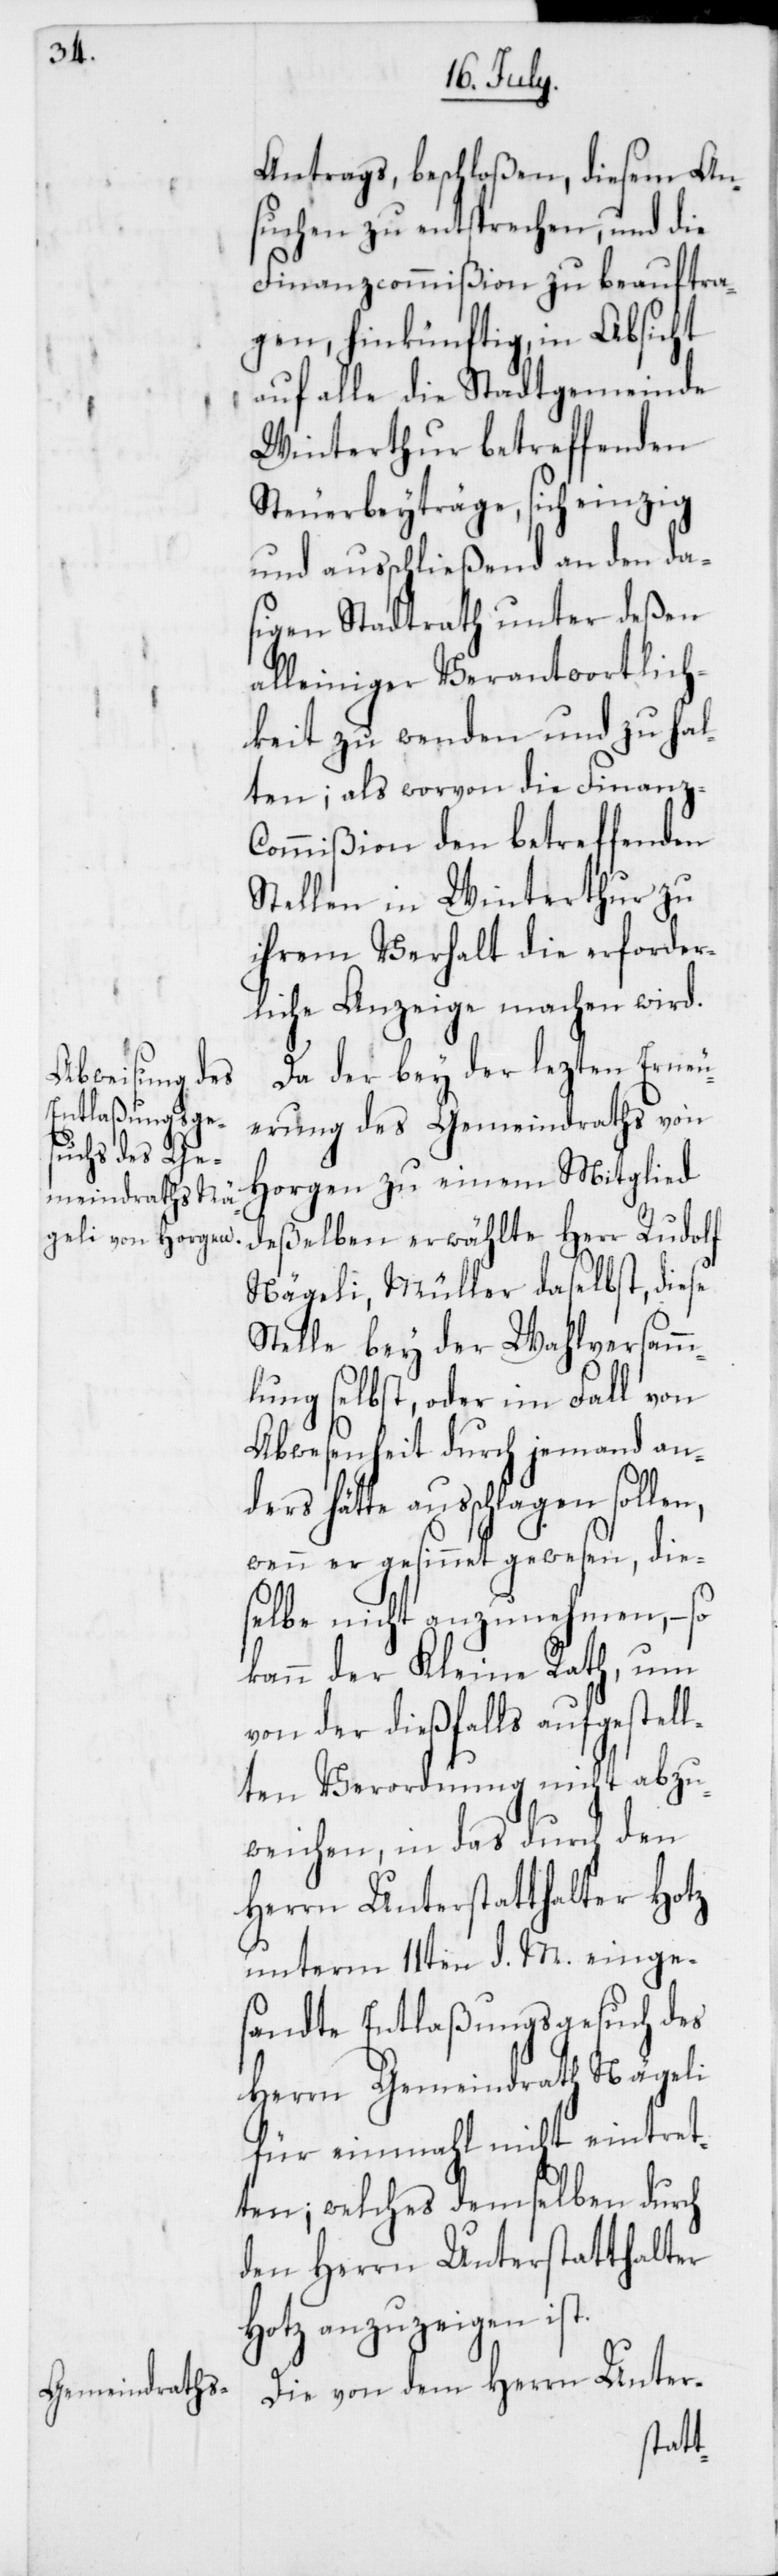
Antrags beschloßen, diesem An¬
suchen zu entsprechen, und die
Finanzcommißion zu beauftra¬
gen, hinkünftig in Absicht
auf alle die Stadtgemeinde
Winterthur betreffenden
Steuerbeyträge, sich einzig
und ausschließend an den da¬
sigen Stadtrath, unter deßen
alleiniger Verantwortlich¬
keit zu wenden und zu hal¬
ten; als worvon die Finanz-C¬
ommißion den betreffenden
Stellen in Winterthur zu
ihrem Verhalt die erforder¬
liche Anzeige machen wird.
Da der bey der lezten Erneu¬
erung des Gemeindraths von
Horgen zu einem Mitglied
deßelben erwählte Herr Rudolf
Nägeli, Müller daselbst, diese
Stelle bey der Wahlversamm¬
lung selbst, oder im Fall von
Abwesenheit durch jemand and¬
ers hätte ausschlagen sollen,
wenn er gesinnet gewesen, die¬
selbe nicht anzunehmen, – so
kann der Kleine Rath, um
von der dießfalls aufgestell¬
ten Verordnung nicht abzu¬
weichen, in das durch den
Herrn Unterstatthalter Hotz
unterm 11ten d. M. einge¬
sandte Entlaßungsgesuch des
Herrn Gemeindrath Nägeli
für einmahl nicht eintre¬
ten; welches demselben durch
den Herrn Unterstatthalter
Hotz anzuzeigen ist.
Die von dem Herrn Unter-